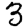
Digit: 3